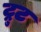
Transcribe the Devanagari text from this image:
ट्रुट